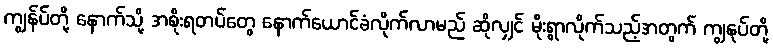
ကျွန်ပ်တို့ နောက်သို့ အစိုးရတပ်တွေ နောက်ယောင်ခံလိုက်လာမည် ဆိုလျှင် မိုးရွာလိုက်သည့်အတွက် ကျွနုပ်တို့